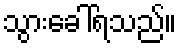
သွားခေါ်ရသည်။